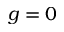
g = 0